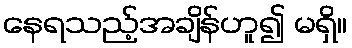
နေရသည့်အချိန်ဟူ၍ မရှိ။